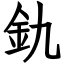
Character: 釚